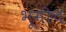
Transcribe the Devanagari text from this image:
भूमीच